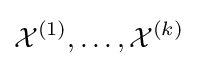
{\mathcal {X}}^{(1)},\dots ,{\mathcal {X}}^{(k)}